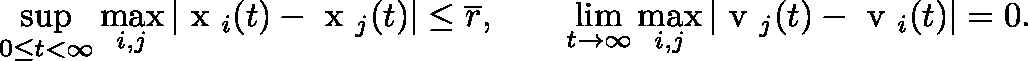
\operatorname* { s u p } _ { 0 \leq t < \infty } \operatorname* { m a x } _ { i , j } | \mathrm { \boldmath ~ x ~ } _ { i } ( t ) - \mathrm { \boldmath ~ x ~ } _ { j } ( t ) | \leq \overline { { r } } , \qquad \operatorname* { l i m } _ { t \to \infty } \operatorname* { m a x } _ { i , j } | \mathrm { \boldmath ~ v ~ } _ { j } ( t ) - \mathrm { \boldmath ~ v ~ } _ { i } ( t ) | = 0 .